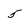
Character: 5